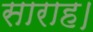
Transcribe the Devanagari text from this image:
साराह।